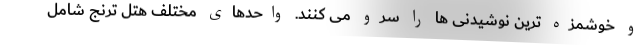
و خوشمزه ترین نوشیدنی ها را سرو می کنند. واحدهای مختلف هتل ترنج شامل